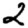
Digit: 2